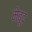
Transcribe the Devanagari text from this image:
मेबूद